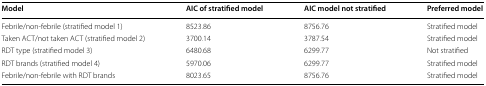
<table><thead><tr><td><b>Model</b></td><td><b>AIC of stratified model</b></td><td><b>AIC model not stratified</b></td><td><b>Preferred model</b></td></tr></thead><tbody><tr><td>Febrile/non-febrile (stratified model 1)</td><td>8523.86</td><td>8756.76</td><td>Stratified model</td></tr><tr><td>Taken ACT/not taken ACT (stratified model 2)</td><td>3700.14</td><td>3787.54</td><td>Stratified model</td></tr><tr><td>RDT type (stratified model 3)</td><td>6480.68</td><td>6299.77</td><td>Not stratified</td></tr><tr><td>RDT brands (stratified model 4)</td><td>5970.06</td><td>6299.77</td><td>Stratified model</td></tr><tr><td>Febrile/non-febrile with RDT brands</td><td>8023.65</td><td>8756.76</td><td>Stratified model</td></tr></tbody></table>